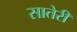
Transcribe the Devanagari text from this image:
सातेरी